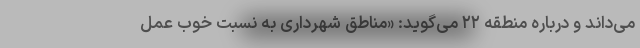
می‌داند و درباره منطقه ۲۲ می‌گوید: «مناطق شهرداری به نسبت خوب عمل